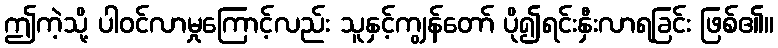
ဤကဲ့သို့ ပါဝင်လာမှုကြောင့်လည်း သူနှင့်ကျွန်တော် ပို၍ရင်းနှီးလာရခြင်း ဖြစ်၏။